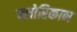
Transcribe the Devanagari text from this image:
फ्लोरिकान